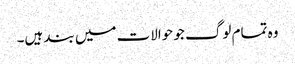
وہ تمام لوگ جو حوالات میں بند ہیں۔